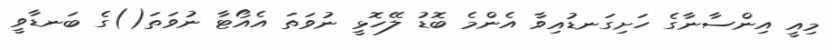
މިއީ އިންސާނާގެ ހަށިގަނޑުއިވާ އެންމެ ބޮޑު ލޭހޮޅީ ނުވަތަ އެއޯޓާ ނުވަތަ()ގެ ބަނޑާވީ